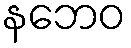
နဘေဝ